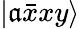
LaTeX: \left|\mathfrak{a}\bar{{x}}xy\right\rangle